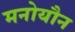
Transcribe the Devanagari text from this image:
मनोयौन